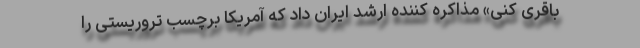
باقری کنی» مذاکره‌ کننده ارشد ایران داد که آمریکا برچسب تروریستی را